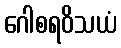
ဂေါစရဝိသယံ